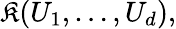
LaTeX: \mathfrak{K}(U_{1},\dots,U_{d}),